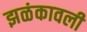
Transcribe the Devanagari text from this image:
झळंकावली